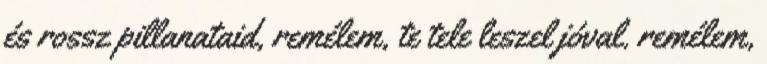
és rossz pillanataid, remélem, te tele leszel jóval. remélem,